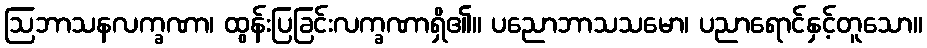
ဩဘာသနလက္ခဏာ၊ ထွန်းပြခြင်းလက္ခဏာရှိ၏။ ပညောဘာသသမော၊ ပညာရောင်နှင့်တူသော။